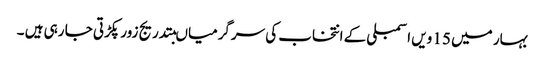
بہار میں 15 ویں اسمبلی کے انتخاب کی سرگرمیاںبتدریج زور پکڑتی جا رہی ہیں ۔